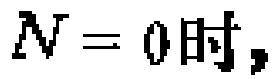
$N = 0时,$